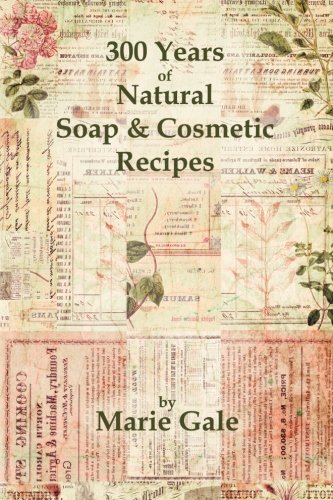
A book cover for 300 Years of Natural Soap & Cosmetic Recipes; Marie Gale; Crafts, Hobbies & Home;